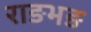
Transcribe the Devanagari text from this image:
राङभङ